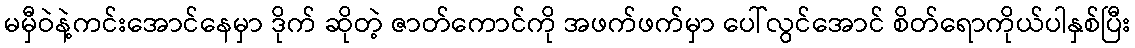
မမှီဝဲနဲ့ကင်းအောင်နေမှာ ဒိုက် ဆိုတဲ့ ဇာတ်ကောင်ကို အဖက်ဖက်မှာ ပေါ်လွင်အောင် စိတ်ရောကိုယ်ပါနှစ်ပြီး